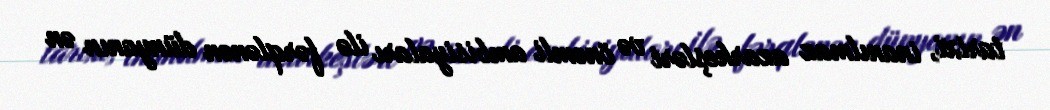
tarixi, inanılmaz azarkeşləri və önəmli ambisiyaları ilə fərqlənən dünyanın ən